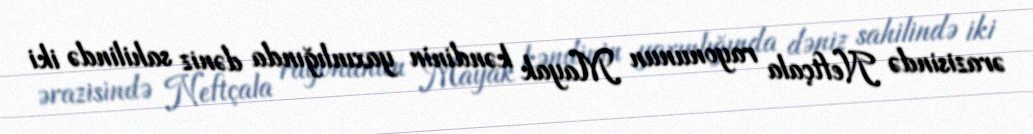
ərazisində Neftçala rayonunun Mayak kəndinin yaxınlığında dəniz sahilində iki